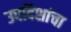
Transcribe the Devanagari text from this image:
उपदिशांचा